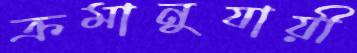
ক্রমানুযায়ী